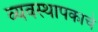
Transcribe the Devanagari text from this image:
व्यवस्थापकाचे